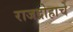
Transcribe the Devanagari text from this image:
राजद्रोहाचे